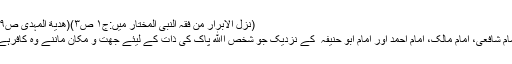
(نزل الابرار من فقہ النبی المختار میں:ج۱ ص۳)(ھدیة المہدی ص۹)
امام شافعیؒ، امام مالکؒ، امام احمدؒ اور امام ابو حنیفہ ؒ کے نزدیک جو شخص اﷲ پاک کی ذات کے لیئے جھت و مکان ماننے وہ کافرہے۔